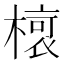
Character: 𣘨